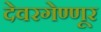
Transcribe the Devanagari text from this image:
देवरगेण्णूर